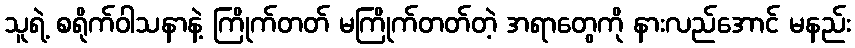
သူရဲ့ စရိုက်ဝါသနာနဲ့ ကြိုက်တတ် မကြိုက်တတ်တဲ့ အရာတွေကို နားလည်အောင် မနည်း